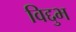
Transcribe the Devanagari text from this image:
विद्दुभ